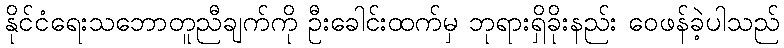
နိုင်ငံရေးသဘောတူညီချက်ကို ဦးခေါင်းထက်မှ ဘုရားရှိခိုးနည်း ဝေဖန်ခဲ့ပါသည်